Civil Veterinary Department Bihar reports 1936-40 - 1936-1940
Year: 1936
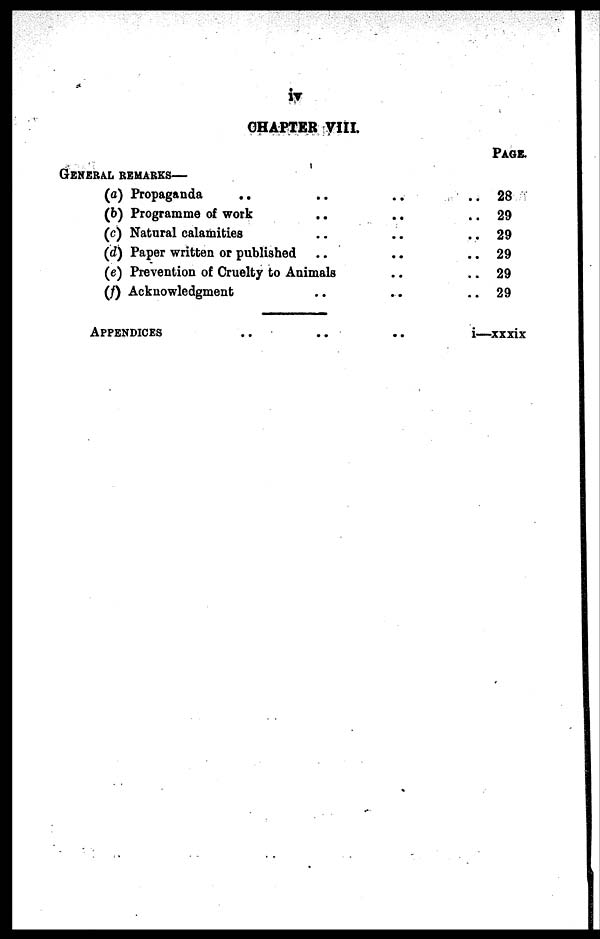
iv
CHAPTER VIII.
General remarks—
(a) Propaganda
.. .. ..
(b) Programme of work .. ..
(c) Natural calamities .. ..
(d) Paper written or published .. ..
(e) Prevention of Cruelty to Animals ..
(f) Acknowledgment .. .. ..
Appendices .. .. ..
..
..
..
..
..
..
..
Page.
28
29
29
29
29
29
i—xxxix